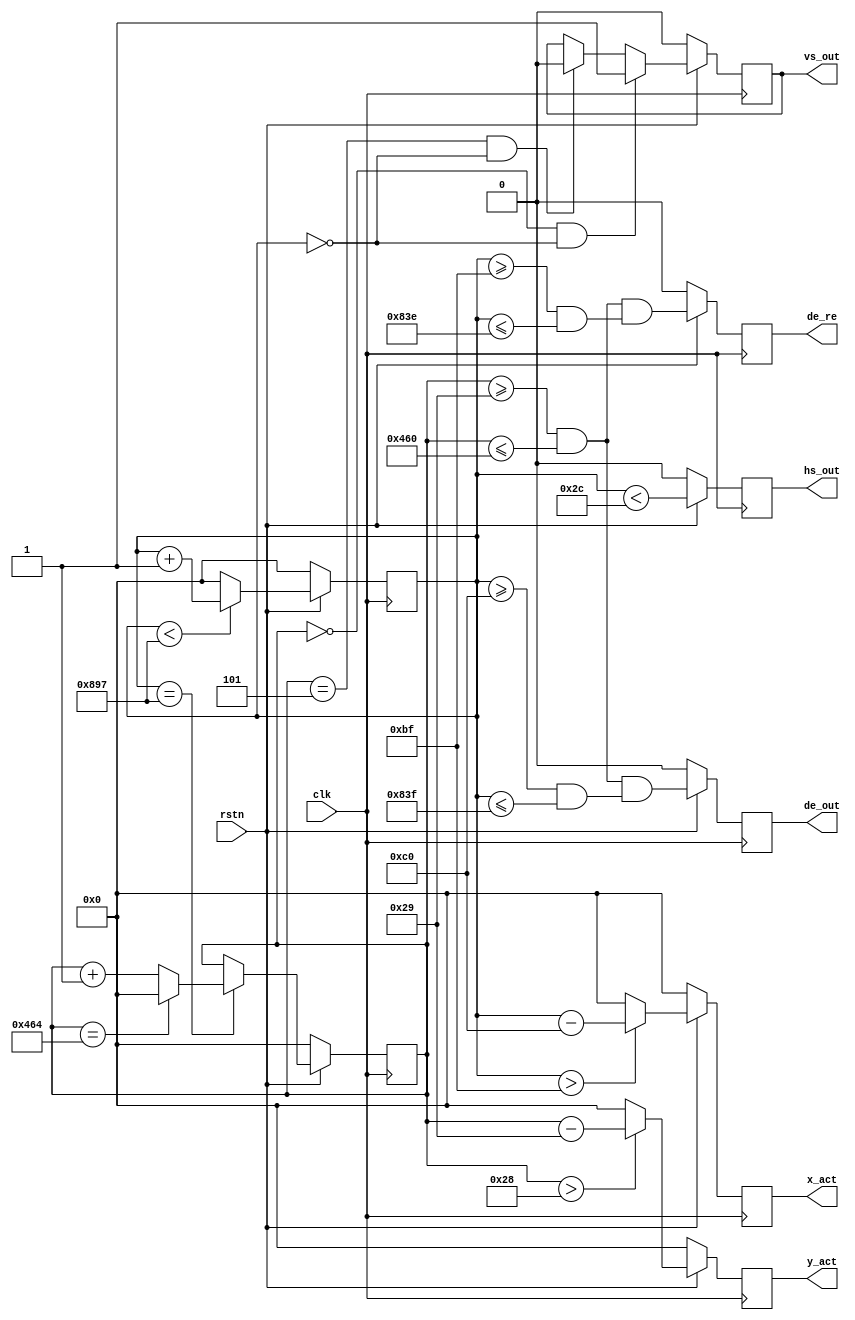
`timescale 1ns / 1ps
`define UD #1
`define VIDEO_1920_1080
module vtc#(
    parameter                           X_BITS=12                  ,
    parameter                           Y_BITS=12                   
)(
    input                               clk                        ,
    input                               rstn                       ,
    output reg                          vs_out                     ,
    output reg                          hs_out                     ,
    output reg                          de_out                     ,
    output reg                          de_re                      ,
    output reg         [X_BITS-1:0]     x_act                      ,
    output reg         [Y_BITS-1:0]     y_act                       
);

`ifdef VIDEO_1920_1080
    parameter                           V_TOTAL = 12'd1125         ;
    parameter                           V_FP = 12'd4               ;
    parameter                           V_BP = 12'd36              ;
    parameter                           V_SYNC = 12'd5             ;
    parameter                           V_ACT = 12'd1080           ;

    parameter                           H_TOTAL = 12'd2200         ;
    parameter                           H_FP = 12'd88              ;
    parameter                           H_BP = 12'd148             ;
    parameter                           H_SYNC = 12'd44            ;
    parameter                           H_ACT = 12'd1920           ;
    parameter                           HV_OFFSET = 12'd0          ;
`endif

`ifdef VIDEO_1280_720
    parameter                           V_TOTAL = 12'd750          ;
    parameter                           V_FP = 12'd5               ;
    parameter                           V_BP = 12'd20              ;
    parameter                           V_SYNC = 12'd5             ;
    parameter                           V_ACT = 12'd72             ;

    parameter                           H_TOTAL = 12'd1650         ;
    parameter                           H_FP = 12'd110             ;
    parameter                           H_BP = 12'd220             ;
    parameter                           H_SYNC = 12'd40            ;
    parameter                           H_ACT = 12'd1280           ;
    parameter                           HV_OFFSET = 12'd0          ;
`endif

reg                    [X_BITS-1:0]     h_count                    ;
reg                    [Y_BITS-1:0]     v_count                    ;

/* horizontal counter */
always @(posedge clk)
begin
    if (!rstn)
        h_count <= `UD 0;
    else
    begin
        if (h_count < H_TOTAL - 1)
            h_count <= `UD h_count + 1;
        else
            h_count <= `UD 0;
    end
end

/* vertical counter */
always @(posedge clk)
begin
    if (!rstn)
        v_count <= `UD 0;
    else
    if (h_count == H_TOTAL - 1)
    begin
        if (v_count == V_TOTAL - 1)
            v_count <= `UD 0;
        else
            v_count <= `UD v_count + 1;
    end
end

always @(posedge clk)
begin
    if (!rstn)
        hs_out <= `UD 4'b0;
    else
        hs_out <= `UD ((h_count < H_SYNC));
end

always @(posedge clk)
begin
    if (!rstn)
        vs_out <= `UD 4'b0;
    else
    begin
        if ((v_count == 0) && (h_count == HV_OFFSET))
            vs_out <= `UD 1'b1;
        else if ((v_count == V_SYNC) && (h_count == HV_OFFSET))
            vs_out <= `UD 1'b0;
        else
            vs_out <= `UD vs_out;
    end
end

always @(posedge clk)
begin
    if (!rstn)
        de_out <= `UD 4'b0;
    else
        de_out <= (((v_count >= V_SYNC + V_BP) && (v_count <= V_TOTAL - V_FP - 1)) &&
                  ((h_count >= H_SYNC + H_BP) && (h_count <= H_TOTAL - H_FP - 1)));
end

always @(posedge clk)
begin
    if (!rstn)
        de_re <= `UD 4'b0;
    else
        de_re <= (((v_count >= V_SYNC + V_BP) && (v_count <= V_TOTAL - V_FP - 1)) &&
                  ((h_count >= H_SYNC + H_BP-2'd1) && (h_count <= H_TOTAL - H_FP - 2'd2)));
end
// active pixels counter output
always @(posedge clk)
begin
    if (!rstn)
        x_act <= `UD 'd0;
    else
    begin
    /* X coords C for a backend pattern generator */
        if(h_count > (H_SYNC + H_BP - 1'b1))
            x_act <= `UD (h_count - (H_SYNC + H_BP));
        else
            x_act <= `UD 'd0;
    end
end

always @(posedge clk)
begin
    if (!rstn)
        y_act <= `UD 'd0;
    else
    begin
        /* Y coords C for a backend pattern generator */
        if(v_count > (V_SYNC + V_BP - 1'b1))
            y_act <= `UD (v_count - (V_SYNC + V_BP));
        else
            y_act <= `UD 'd0;
    end
end
    
endmodule